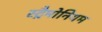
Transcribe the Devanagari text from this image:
स्ट्रैमोनियम